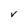
Character: V